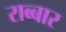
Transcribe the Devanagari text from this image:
राब्बार